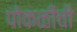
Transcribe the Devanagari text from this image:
पोकळीची